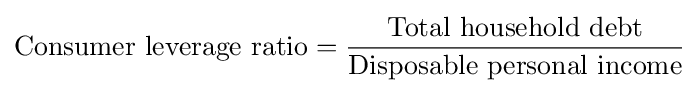
{\mbox{Consumer leverage ratio}}={{\mbox{Total household debt}} \over {\mbox{Disposable personal income}}}